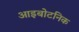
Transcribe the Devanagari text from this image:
आइबोटनिक